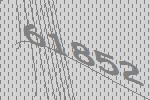
61852